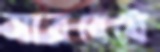
সারবেধে